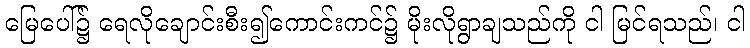
မြေပေါ်၌ ရေလိုချောင်းစီး၍ကောင်းကင်၌ မိုးလိုရွာချသည်ကို ငါ မြင်ရသည်၊ ငါ